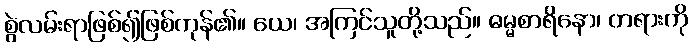
စွဲလမ်းရာဖြစ်၍ဖြစ်ကုန်၏။ ယေ၊ အကြင်သူတို့သည်။ ဓမ္မစာရိနော၊ တရားကို